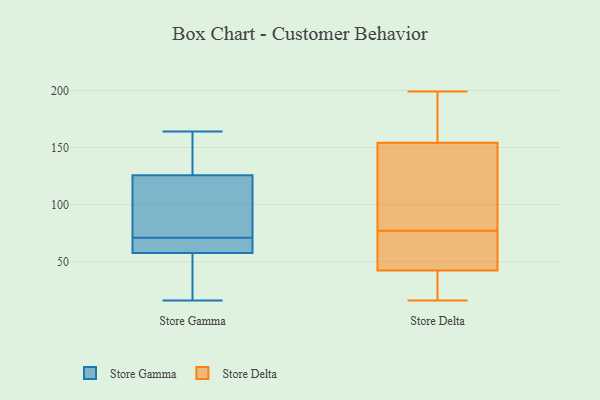
{"axis": {"x": "Population (Million)", "y": "Value"}, "legend": ["Store Delta", "Store Gamma"], "data": [{"x": "", "y": 117, "type": "Store Gamma"}, {"x": "", "y": 95, "type": "Store Gamma"}, {"x": "", "y": 71, "type": "Store Gamma"}, {"x": "", "y": 64, "type": "Store Gamma"}, {"x": "", "y": 16, "type": "Store Gamma"}, {"x": "", "y": 152, "type": "Store Gamma"}, {"x": "", "y": 58, "type": "Store Gamma"}, {"x": "", "y": 56, "type": "Store Gamma"}, {"x": "", "y": 28, "type": "Store Gamma"}, {"x": "", "y": 72, "type": "Store Gamma"}, {"x": "", "y": 62, "type": "Store Gamma"}, {"x": "", "y": 164, "type": "Store Gamma"}, {"x": "", "y": 163, "type": "Store Gamma"}, {"x": "", "y": 70, "type": "Store Delta"}, {"x": "", "y": 77, "type": "Store Delta"}, {"x": "", "y": 58, "type": "Store Delta"}, {"x": "", "y": 159, "type": "Store Delta"}, {"x": "", "y": 60, "type": "Store Delta"}, {"x": "", "y": 37, "type": "Store Delta"}, {"x": "", "y": 140, "type": "Store Delta"}, {"x": "", "y": 100, "type": "Store Delta"}, {"x": "", "y": 126, "type": "Store Delta"}, {"x": "", "y": 166, "type": "Store Delta"}, {"x": "", "y": 193, "type": "Store Delta"}, {"x": "", "y": 159, "type": "Store Delta"}, {"x": "", "y": 33, "type": "Store Delta"}, {"x": "", "y": 110, "type": "Store Delta"}, {"x": "", "y": 199, "type": "Store Delta"}, {"x": "", "y": 71, "type": "Store Delta"}, {"x": "", "y": 36, "type": "Store Delta"}, {"x": "", "y": 26, "type": "Store Delta"}, {"x": "", "y": 16, "type": "Store Delta"}]}